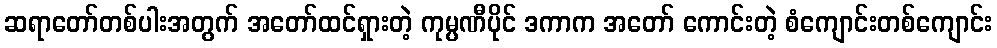
ဆရာတော်တစ်ပါးအတွက် အတော်ထင်ရှားတဲ့ ကုမ္ပဏီပိုင် ဒကာက အတော် ကောင်းတဲ့ စံကျောင်းတစ်ကျောင်း